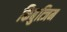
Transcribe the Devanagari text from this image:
किबुत्जिम